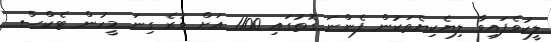
ލީކުވެފައިވާ ލިޔެކިޔެތަކުން ފެންނަ ގޮތުގައި 1100 އަށް ވުރެ ގިނަ މީހުން ޓެކްސް